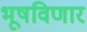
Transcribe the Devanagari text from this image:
भूषविणार